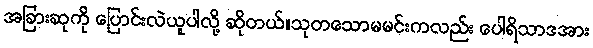
အခြားဆုကို ပြောင်းလဲယူပါလို့ ဆိုတယ်။သုတသောမမင်းကလည်း ပေါရိသာဒအား